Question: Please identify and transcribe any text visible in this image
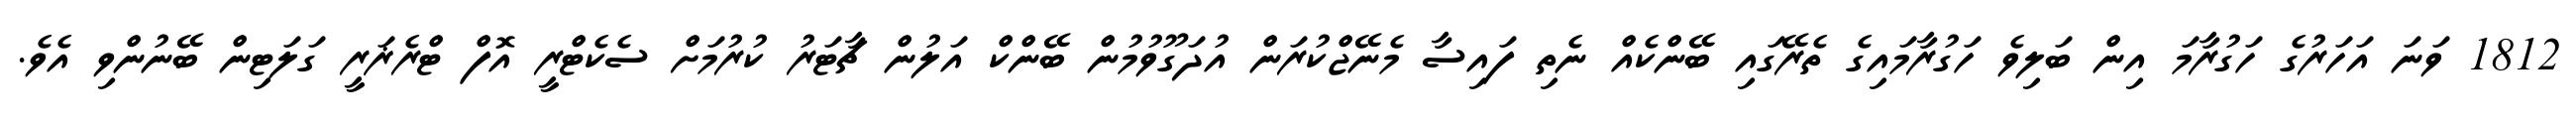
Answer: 1812 ވަނަ އަހަރުގެ ހަގުރާމަ އިން ބަލިވެ ހަގުރާމައިގެ ތެރޭގައި ބޭންކެއް ނެތި ފައިސާ މެނޭޖްކުރަން އުދަގޫވުމުން ބޭންކް އަލުން ޗާޓަރު ކުރުމަށް ސެކެޓްރީ އޮފް ޓްރެޜަރީ ގަލަޓިން ބޭނުންވި އެވެ.